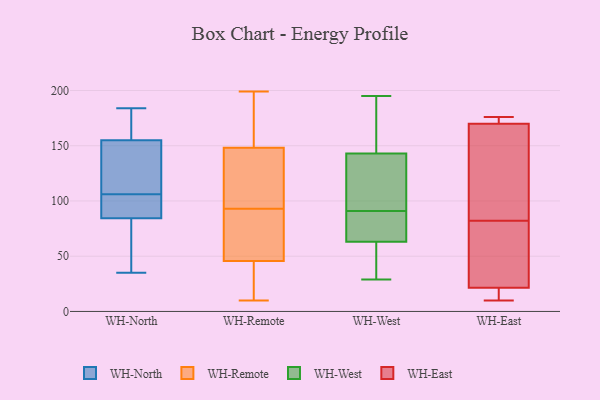
{"axis": {"x": "Inventory Turnover", "y": "Value"}, "legend": ["WH-East", "WH-North", "WH-Remote", "WH-West"], "data": [{"x": "", "y": 85, "type": "WH-North"}, {"x": "", "y": 143, "type": "WH-North"}, {"x": "", "y": 101, "type": "WH-North"}, {"x": "", "y": 174, "type": "WH-North"}, {"x": "", "y": 166, "type": "WH-North"}, {"x": "", "y": 84, "type": "WH-North"}, {"x": "", "y": 48, "type": "WH-North"}, {"x": "", "y": 35, "type": "WH-North"}, {"x": "", "y": 120, "type": "WH-North"}, {"x": "", "y": 184, "type": "WH-North"}, {"x": "", "y": 110, "type": "WH-North"}, {"x": "", "y": 82, "type": "WH-North"}, {"x": "", "y": 106, "type": "WH-North"}, {"x": "", "y": 159, "type": "WH-North"}, {"x": "", "y": 102, "type": "WH-North"}, {"x": "", "y": 71, "type": "WH-Remote"}, {"x": "", "y": 10, "type": "WH-Remote"}, {"x": "", "y": 25, "type": "WH-Remote"}, {"x": "", "y": 97, "type": "WH-Remote"}, {"x": "", "y": 148, "type": "WH-Remote"}, {"x": "", "y": 93, "type": "WH-Remote"}, {"x": "", "y": 95, "type": "WH-Remote"}, {"x": "", "y": 189, "type": "WH-Remote"}, {"x": "", "y": 70, "type": "WH-Remote"}, {"x": "", "y": 189, "type": "WH-Remote"}, {"x": "", "y": 48, "type": "WH-Remote"}, {"x": "", "y": 199, "type": "WH-Remote"}, {"x": "", "y": 149, "type": "WH-Remote"}, {"x": "", "y": 14, "type": "WH-Remote"}, {"x": "", "y": 39, "type": "WH-Remote"}, {"x": "", "y": 133, "type": "WH-Remote"}, {"x": "", "y": 60, "type": "WH-Remote"}, {"x": "", "y": 29, "type": "WH-West"}, {"x": "", "y": 91, "type": "WH-West"}, {"x": "", "y": 57, "type": "WH-West"}, {"x": "", "y": 41, "type": "WH-West"}, {"x": "", "y": 191, "type": "WH-West"}, {"x": "", "y": 98, "type": "WH-West"}, {"x": "", "y": 85, "type": "WH-West"}, {"x": "", "y": 74, "type": "WH-West"}, {"x": "", "y": 57, "type": "WH-West"}, {"x": "", "y": 95, "type": "WH-West"}, {"x": "", "y": 110, "type": "WH-West"}, {"x": "", "y": 65, "type": "WH-West"}, {"x": "", "y": 170, "type": "WH-West"}, {"x": "", "y": 87, "type": "WH-West"}, {"x": "", "y": 185, "type": "WH-West"}, {"x": "", "y": 195, "type": "WH-West"}, {"x": "", "y": 134, "type": "WH-West"}, {"x": "", "y": 19, "type": "WH-East"}, {"x": "", "y": 176, "type": "WH-East"}, {"x": "", "y": 82, "type": "WH-East"}, {"x": "", "y": 171, "type": "WH-East"}, {"x": "", "y": 171, "type": "WH-East"}, {"x": "", "y": 29, "type": "WH-East"}, {"x": "", "y": 39, "type": "WH-East"}, {"x": "", "y": 11, "type": "WH-East"}, {"x": "", "y": 105, "type": "WH-East"}, {"x": "", "y": 167, "type": "WH-East"}, {"x": "", "y": 10, "type": "WH-East"}]}